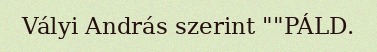
Vályi András szerint ""PÁLD.